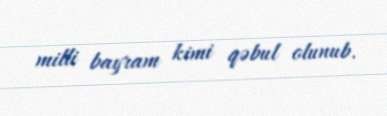
milli bayram kimi qəbul olunub.